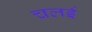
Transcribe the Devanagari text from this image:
चलई